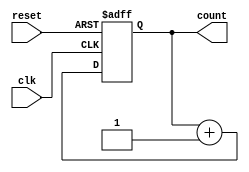
module async_counter #(parameter N = 4) (
    input wire clk,       // Clock input
    input wire reset,     // Asynchronous reset input
    output reg [N-1:0] count // N-bit output for the current count value
);

// Always block for the asynchronous counter
always @(posedge clk or posedge reset) begin
    if (reset) begin
        count <= 0; // Reset the count to 0
    end else begin
        // Counting mechanism
        count <= count + 1; // Increment the count
    end
end

endmodule